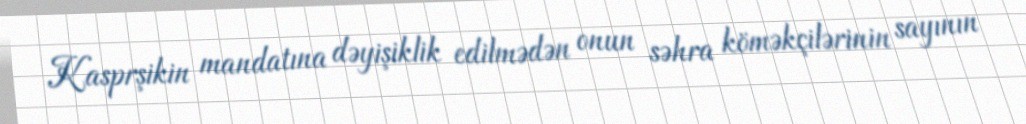
Kasprşikin mandatına dəyişiklik edilmədən onun səhra köməkçilərinin sayının